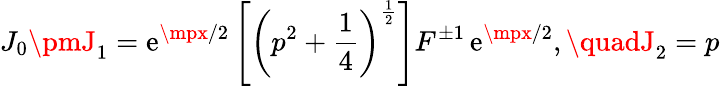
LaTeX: J_{0}\pmJ_{1}=\mathrm{e}^{\mpx/2}\left[\left(p^{2}+\frac{1}{4}\right)^{\frac{1}{2}}\right]F^{\pm1}\, \mathrm{e}^{\mpx/2},\quadJ_{2}=p